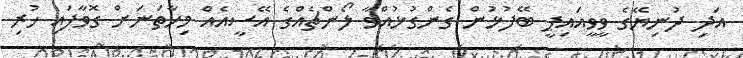
އަދި ދުނިޔޭގެ ވީވީއައިޕީ ބޭފުޅުން ގެންގުޅުއްވާ ލޯންޗެއްގެ އޭސީއެއް މިހާތަނަށް ގޮވާފައި ހުރި